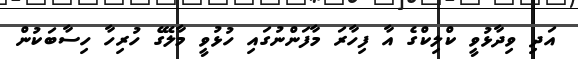
އަދި ވިދާޅުވީ ކްލިކްގެ އާ ފިހާރަ މާފަންނުގައި ހުޅުވީ މާލޭގެ ހުރިހާ ހިސާބަކުން